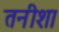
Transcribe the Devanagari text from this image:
तनीशा